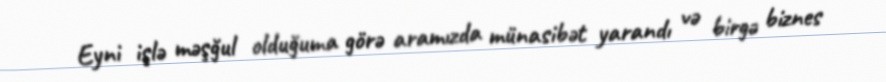
Eyni işlə məşğul olduğuma görə aramızda münasibət yarandı və birgə biznes